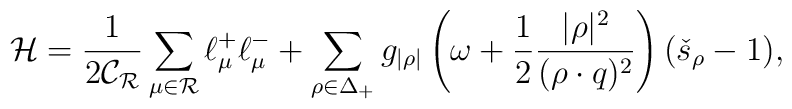
{\cal   H}=\frac{1}{2\mathcal{C_R}}   \sum_{\mu\in\mathcal{R}}\ell^+_{\mu}\ell^-_{\mu}   +   \sum_{\rho\in\Delta_{+}}g_{|\rho|}\left(\omega   +\frac{1}{2}{|\rho|^2\over{(\rho\cdot q)^2}}\right)(\check{s}_{\rho}-1),